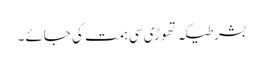
بشرطیکہ تھوڑی سی ہمت کی جائے ۔